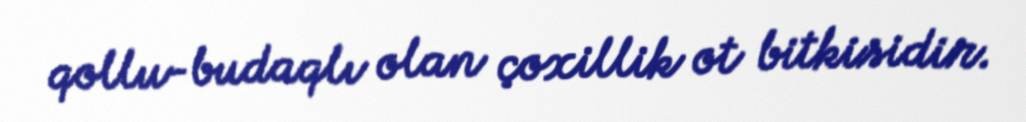
qollu-budaqlı olan çoxillik ot bitkisidir.